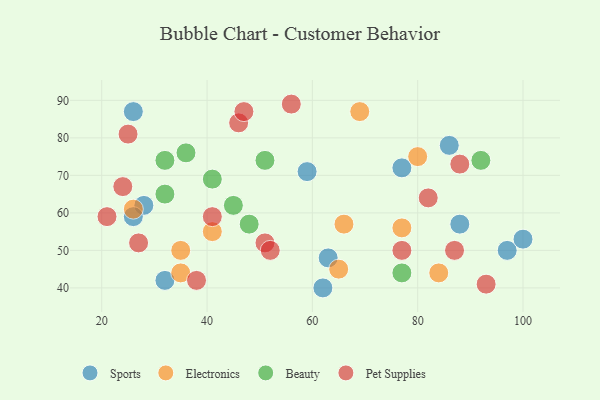
{"axis": {"x": "GDP", "y": "Life Expectancy"}, "legend": ["Beauty", "Electronics", "Pet Supplies", "Sports"], "data": [{"x": "63", "y": 48, "type": "Sports"}, {"x": "86", "y": 78, "type": "Sports"}, {"x": "97", "y": 50, "type": "Sports"}, {"x": "26", "y": 87, "type": "Sports"}, {"x": "100", "y": 53, "type": "Sports"}, {"x": "28", "y": 62, "type": "Sports"}, {"x": "32", "y": 42, "type": "Sports"}, {"x": "62", "y": 40, "type": "Sports"}, {"x": "26", "y": 59, "type": "Sports"}, {"x": "77", "y": 72, "type": "Sports"}, {"x": "88", "y": 57, "type": "Sports"}, {"x": "59", "y": 71, "type": "Sports"}, {"x": "65", "y": 45, "type": "Electronics"}, {"x": "35", "y": 44, "type": "Electronics"}, {"x": "66", "y": 57, "type": "Electronics"}, {"x": "26", "y": 61, "type": "Electronics"}, {"x": "80", "y": 75, "type": "Electronics"}, {"x": "84", "y": 44, "type": "Electronics"}, {"x": "35", "y": 50, "type": "Electronics"}, {"x": "77", "y": 56, "type": "Electronics"}, {"x": "69", "y": 87, "type": "Electronics"}, {"x": "41", "y": 55, "type": "Electronics"}, {"x": "32", "y": 65, "type": "Beauty"}, {"x": "45", "y": 62, "type": "Beauty"}, {"x": "32", "y": 74, "type": "Beauty"}, {"x": "41", "y": 69, "type": "Beauty"}, {"x": "92", "y": 74, "type": "Beauty"}, {"x": "48", "y": 57, "type": "Beauty"}, {"x": "51", "y": 74, "type": "Beauty"}, {"x": "77", "y": 44, "type": "Beauty"}, {"x": "36", "y": 76, "type": "Beauty"}, {"x": "38", "y": 42, "type": "Pet Supplies"}, {"x": "25", "y": 81, "type": "Pet Supplies"}, {"x": "56", "y": 89, "type": "Pet Supplies"}, {"x": "46", "y": 84, "type": "Pet Supplies"}, {"x": "27", "y": 52, "type": "Pet Supplies"}, {"x": "21", "y": 59, "type": "Pet Supplies"}, {"x": "82", "y": 64, "type": "Pet Supplies"}, {"x": "24", "y": 67, "type": "Pet Supplies"}, {"x": "93", "y": 41, "type": "Pet Supplies"}, {"x": "51", "y": 52, "type": "Pet Supplies"}, {"x": "47", "y": 87, "type": "Pet Supplies"}, {"x": "52", "y": 50, "type": "Pet Supplies"}, {"x": "41", "y": 59, "type": "Pet Supplies"}, {"x": "87", "y": 50, "type": "Pet Supplies"}, {"x": "77", "y": 50, "type": "Pet Supplies"}, {"x": "88", "y": 73, "type": "Pet Supplies"}]}